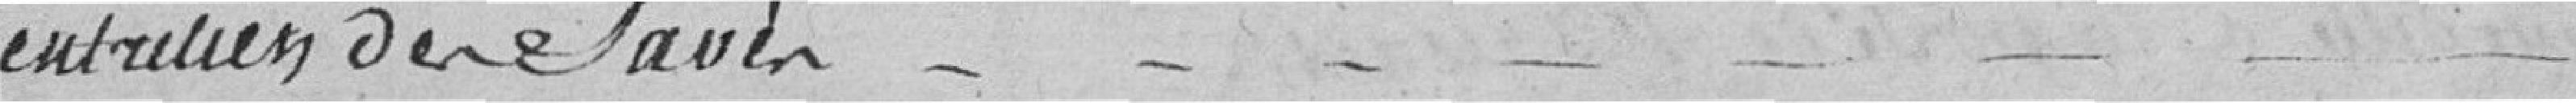
entretien des pavés